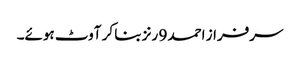
سرفراز احمد 9 رنز بنا کر آوٹ ہوئے۔